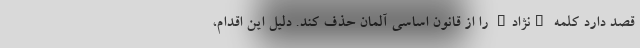
قصد دارد کلمه "نژاد" را از قانون اساسی آلمان حذف کند. دلیل این اقدام،